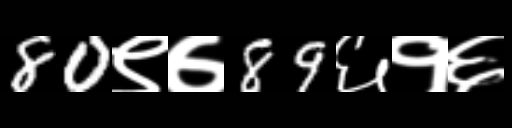
Text: 80९७89६१६